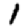
Digit: 1